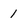
Character: 1